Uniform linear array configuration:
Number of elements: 12
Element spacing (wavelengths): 1
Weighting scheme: kaiser
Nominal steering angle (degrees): -60
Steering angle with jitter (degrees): -58.835
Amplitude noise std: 0.05
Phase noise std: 0.05

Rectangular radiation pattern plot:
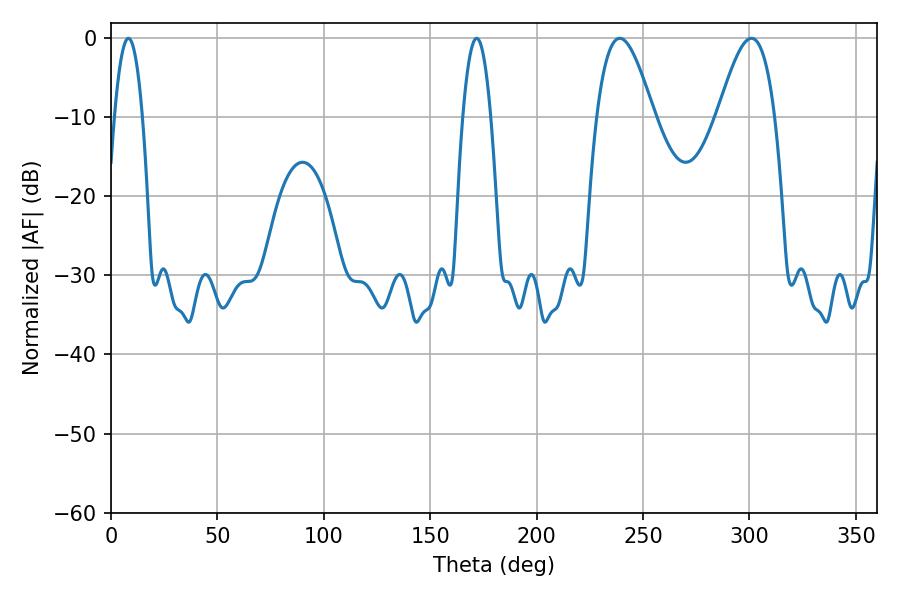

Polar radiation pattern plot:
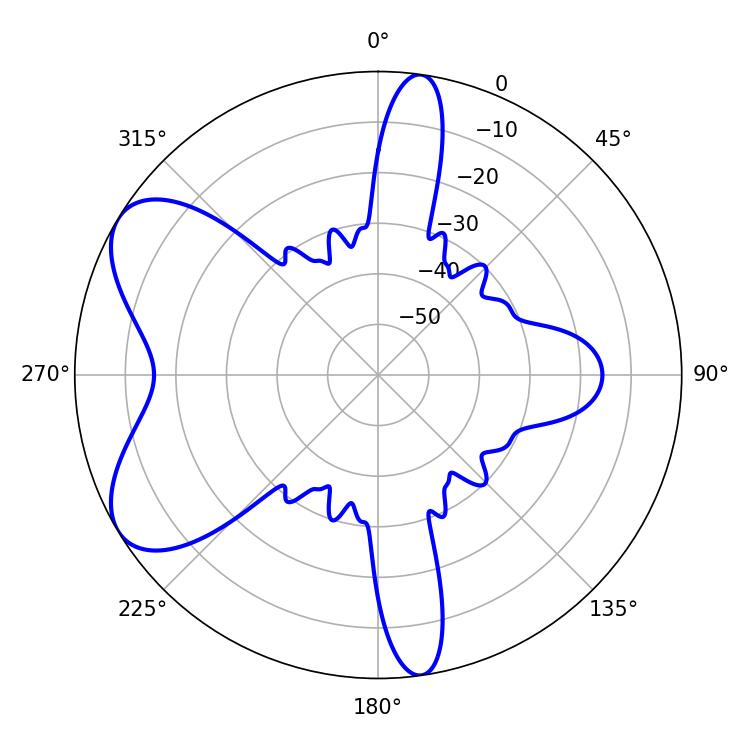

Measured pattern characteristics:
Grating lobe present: TRUE
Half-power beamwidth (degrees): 14.4
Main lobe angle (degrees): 239.04